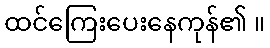
ထင်ကြေးပေးနေကုန်၏ ။